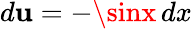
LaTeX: d\mathbf{u}=-\sinx\, dx